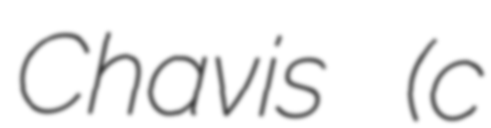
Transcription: Chavis (c